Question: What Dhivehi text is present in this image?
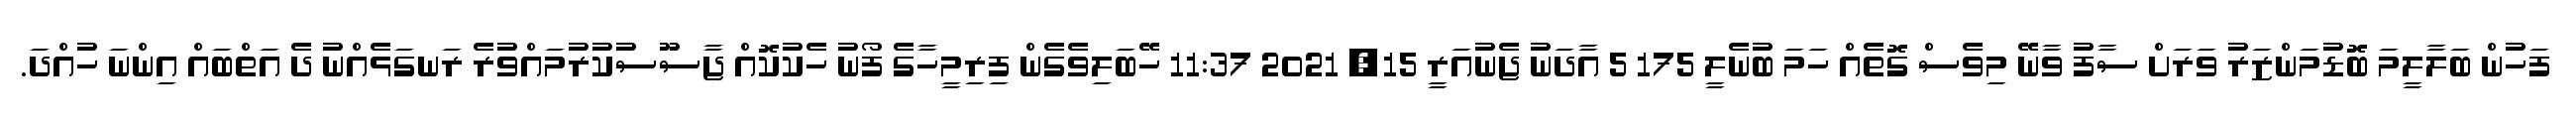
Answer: ފަހުން ބަލާލީމަ ބޮޑުމަންޒަރު ވަރަށް ސާފު ވާނޭ މިވެސް ގޮތެއް ހަމަ ބުނެލީ 175 5 އާދަނު ޖެނުއަރީ 15, 2021 11:37 ހޭބަލިވެގެން ފިރިމީހާގެ ފޯނު ހެކުކޮއް ޖާސޫސުކުރުމައްވުރެ ރަނގަޅެއްނު ދެ އަތްބައް އިންނަ ހުއްދަ.